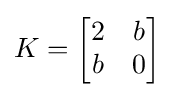
K={\begin{bmatrix}2&b\\b&0\end{bmatrix}}